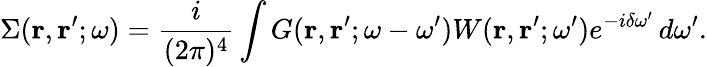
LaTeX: \Sigma(\mathbf{r},\mathbf{r}^{\prime};\omega)=\frac{i}{(2\pi)^{4}}\int G(\mathbf{r},\mathbf{r}^{\prime};\omega-\omega^{\prime})W(\mathbf{r},\mathbf{r}^{\prime};\omega^{\prime})e^{-i\delta\omega^{\prime}}\, d\omega^{\prime}.